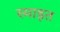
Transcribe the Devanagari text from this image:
स्माइत